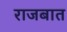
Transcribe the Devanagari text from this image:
राजबात